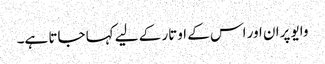
وایو پران اور اس کے اوتار کے لیے کہا جاتا ہے۔